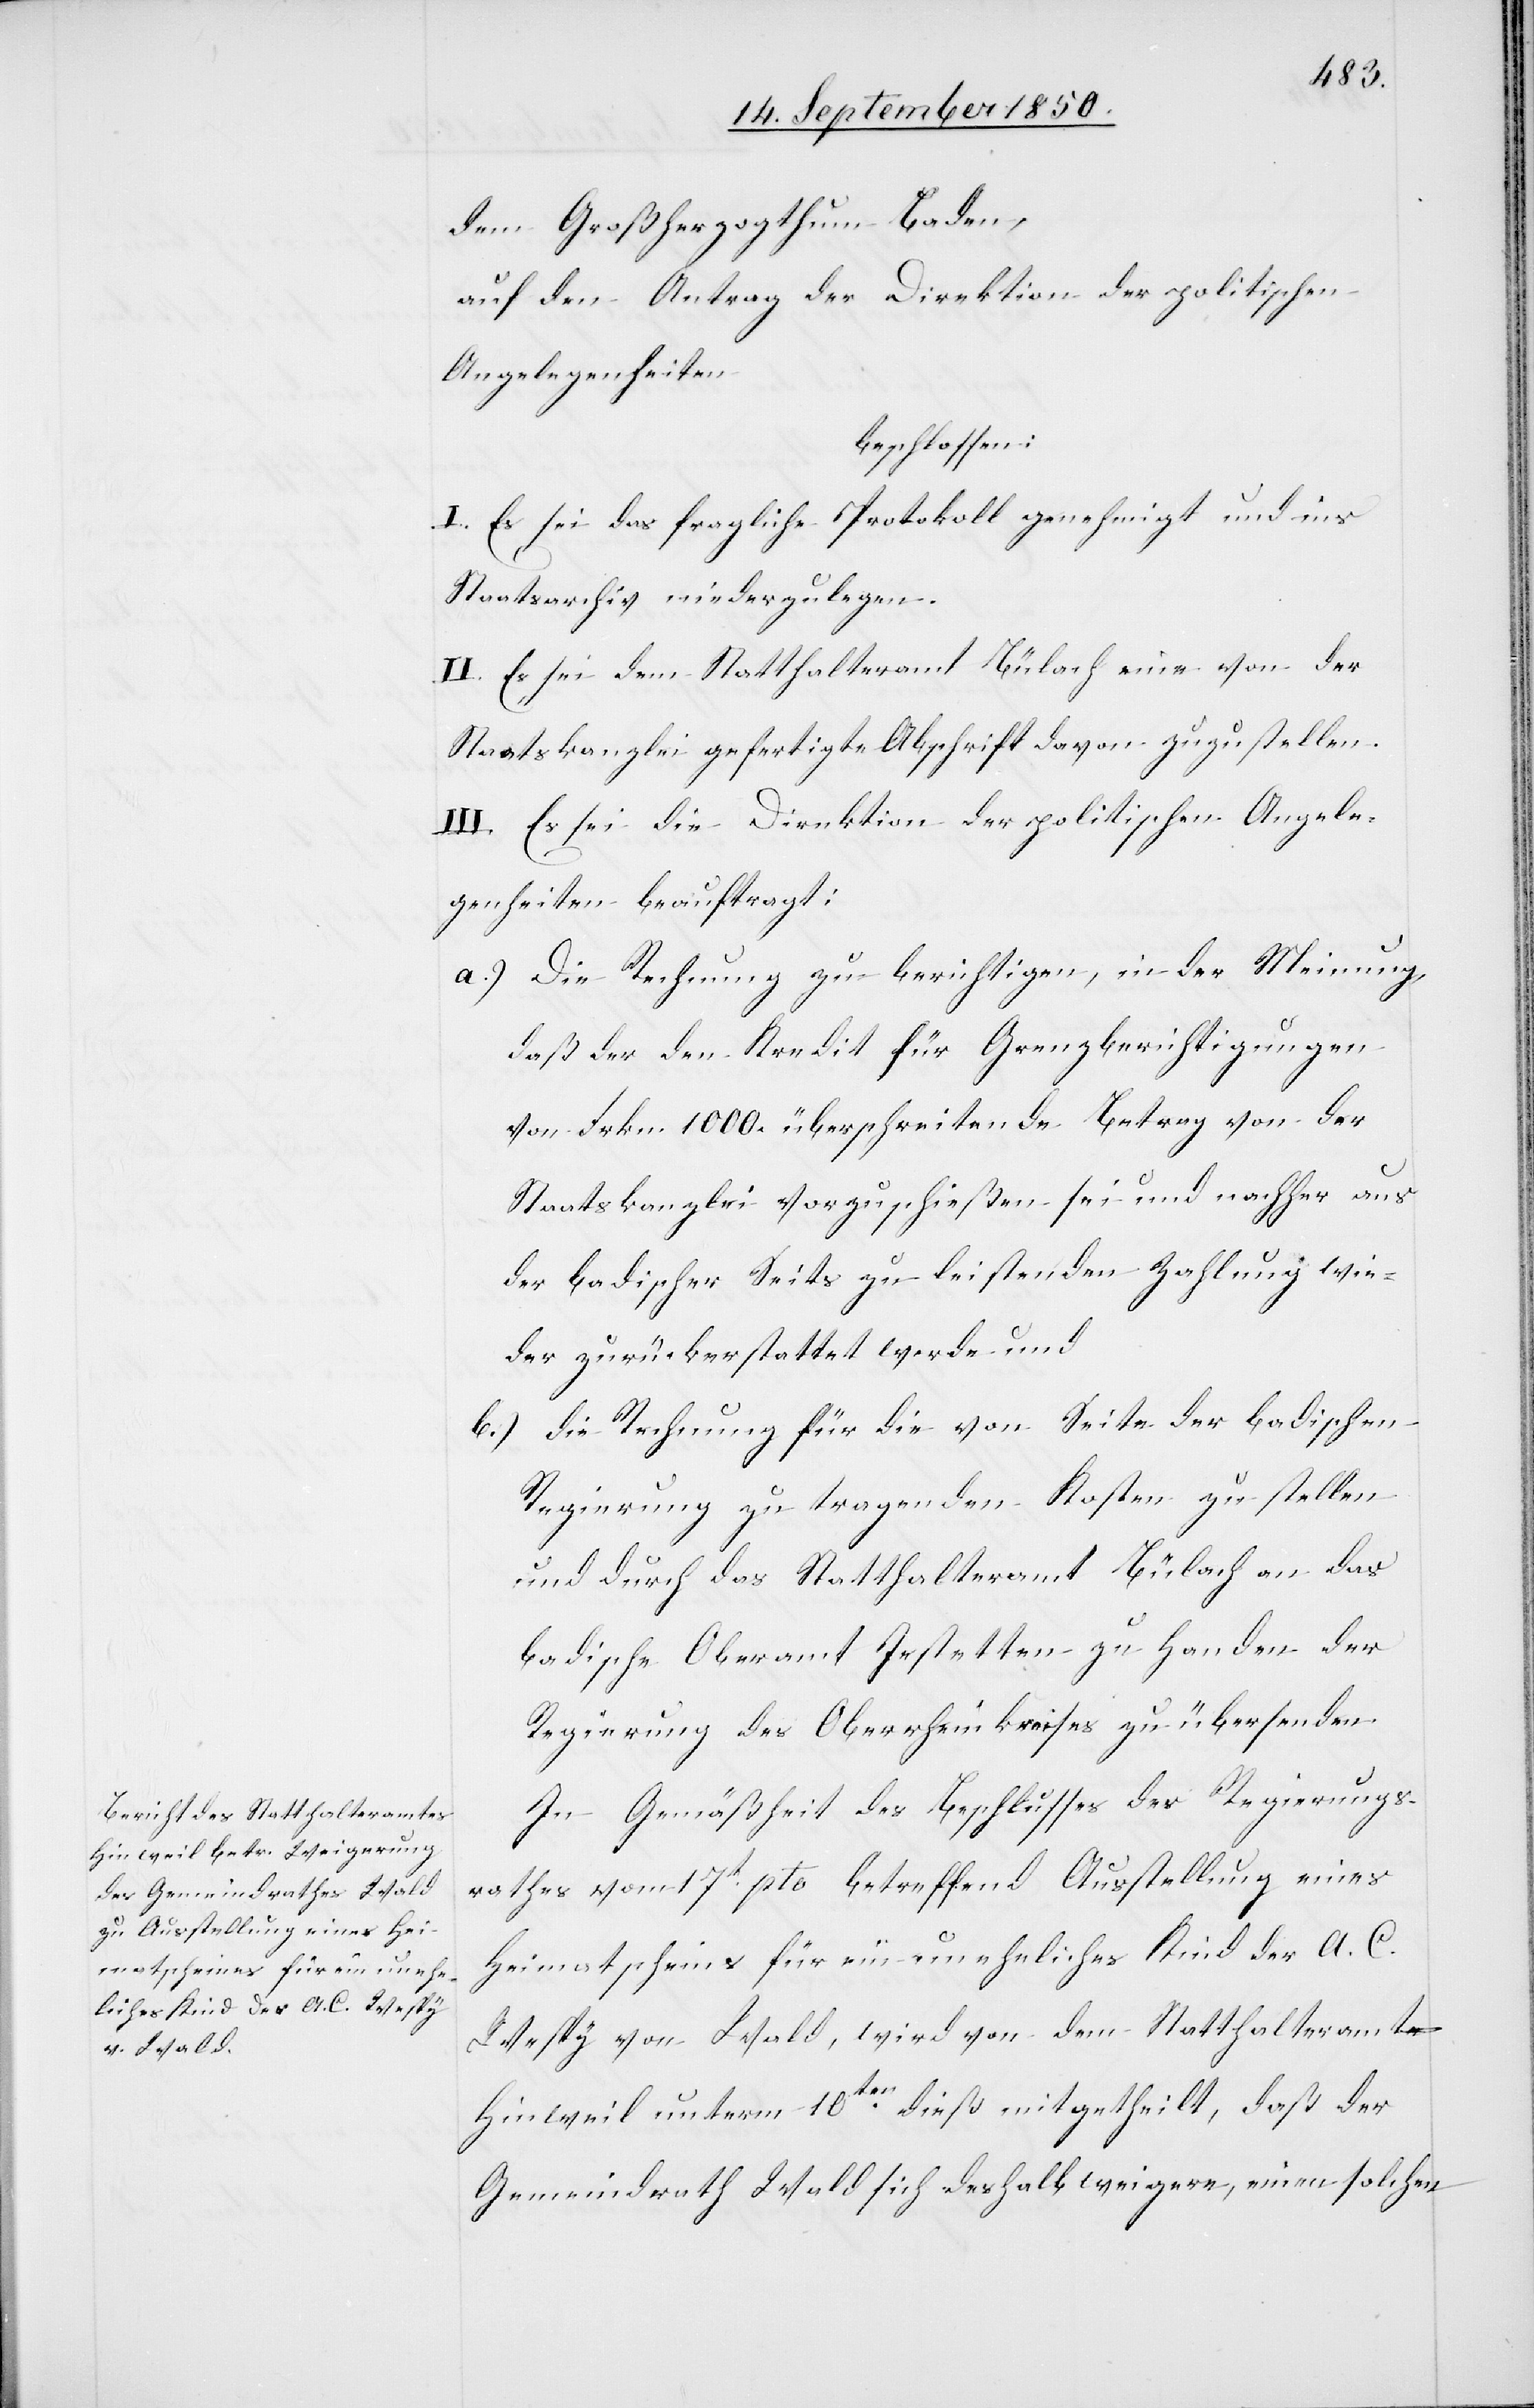
dem Großherzogthum Baden,
auf den Antrag der Direktion der politischen
Angelegenheiten
beschlossen:
I. Es sei das fragliche Protokoll genehmigt und ins
Staatsarchiv niederzulegen.
II. Es sei dem Statthalteramt Bülach eine von der
Staatskanzlei gefertigte Abschrift davon zuzustellen.
III. Es sei die Direktion der politischen Angele¬
genheiten beauftragt:
a.) Die Rechnung zu berichtigen, in der Meinung,
daß der den Kredit für Grenzberichtigungen
von Frkn. 1000. überschreitende Betrag von der
Staatskanzlei vorzuschießen sei und nachher aus
der badischer Seits zu leistenden Zahlung wie¬
der zurückerstattet werde und
b.) die Rechnung für die von Seite der badischen
Regierung zu tragenden Kosten zu stellen
und durch das Statthalteramt Bülach an das
badische Oberamt Jestetten zu Handen der
Regierung des Oberrheinkreises zu übersenden.
In Gemäßheit des Beschlusses des Regierungs¬
rathes vom 17t pto betreffend Ausstellung eines
Heimatscheins für ein uneheliches Kind der A. C.
Wespy von Wald, wird von dem Statthalteramte
Hinweil unterm 10ten dieß mitgetheilt, daß der
Gemeindrath Wald sich deshalb weigere, einen solchen